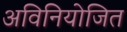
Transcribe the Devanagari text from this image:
अविनियोजित